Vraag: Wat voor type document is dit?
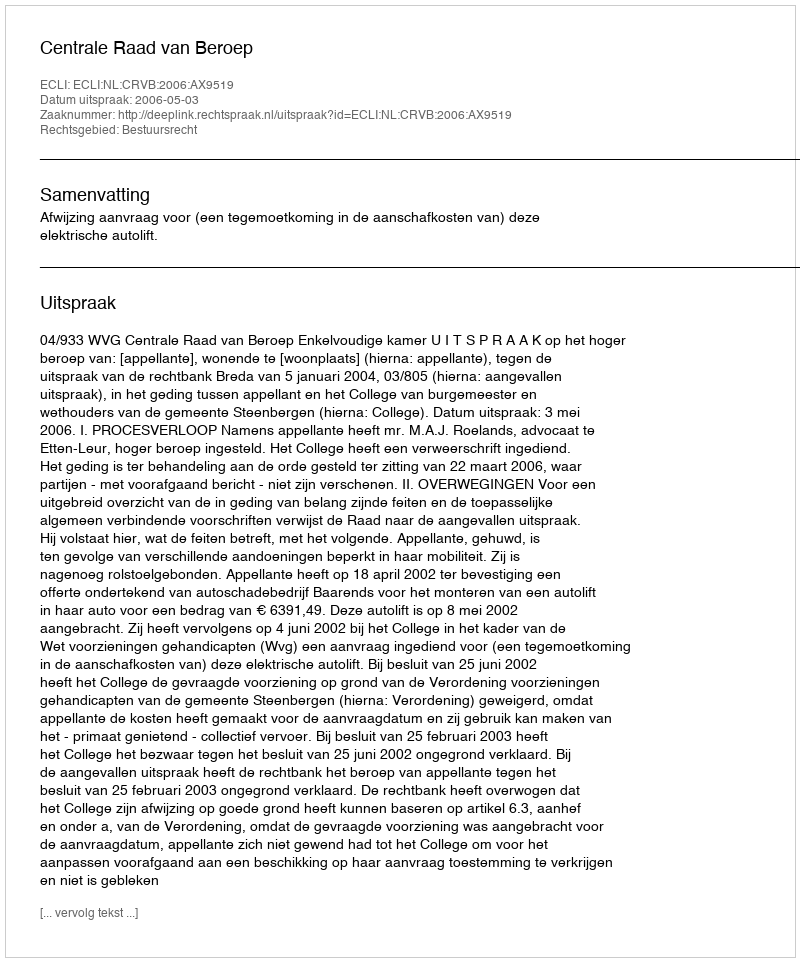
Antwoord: Uitspraak